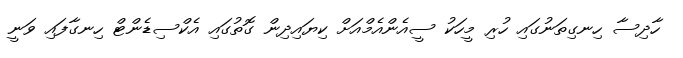
ހާދިސާ ހިނގިތަނުގައި ހުރި މީހަކު ސީއެންއެމްއަށް ކިޔައިދިން ގޮތުގައި އެކްސިޑެންޓް ހިނގާފައި ވަނީ